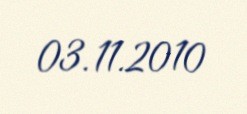
03.11.2010